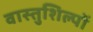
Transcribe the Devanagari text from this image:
वास्तुशिल्पों